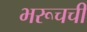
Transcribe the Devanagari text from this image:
भरूचची